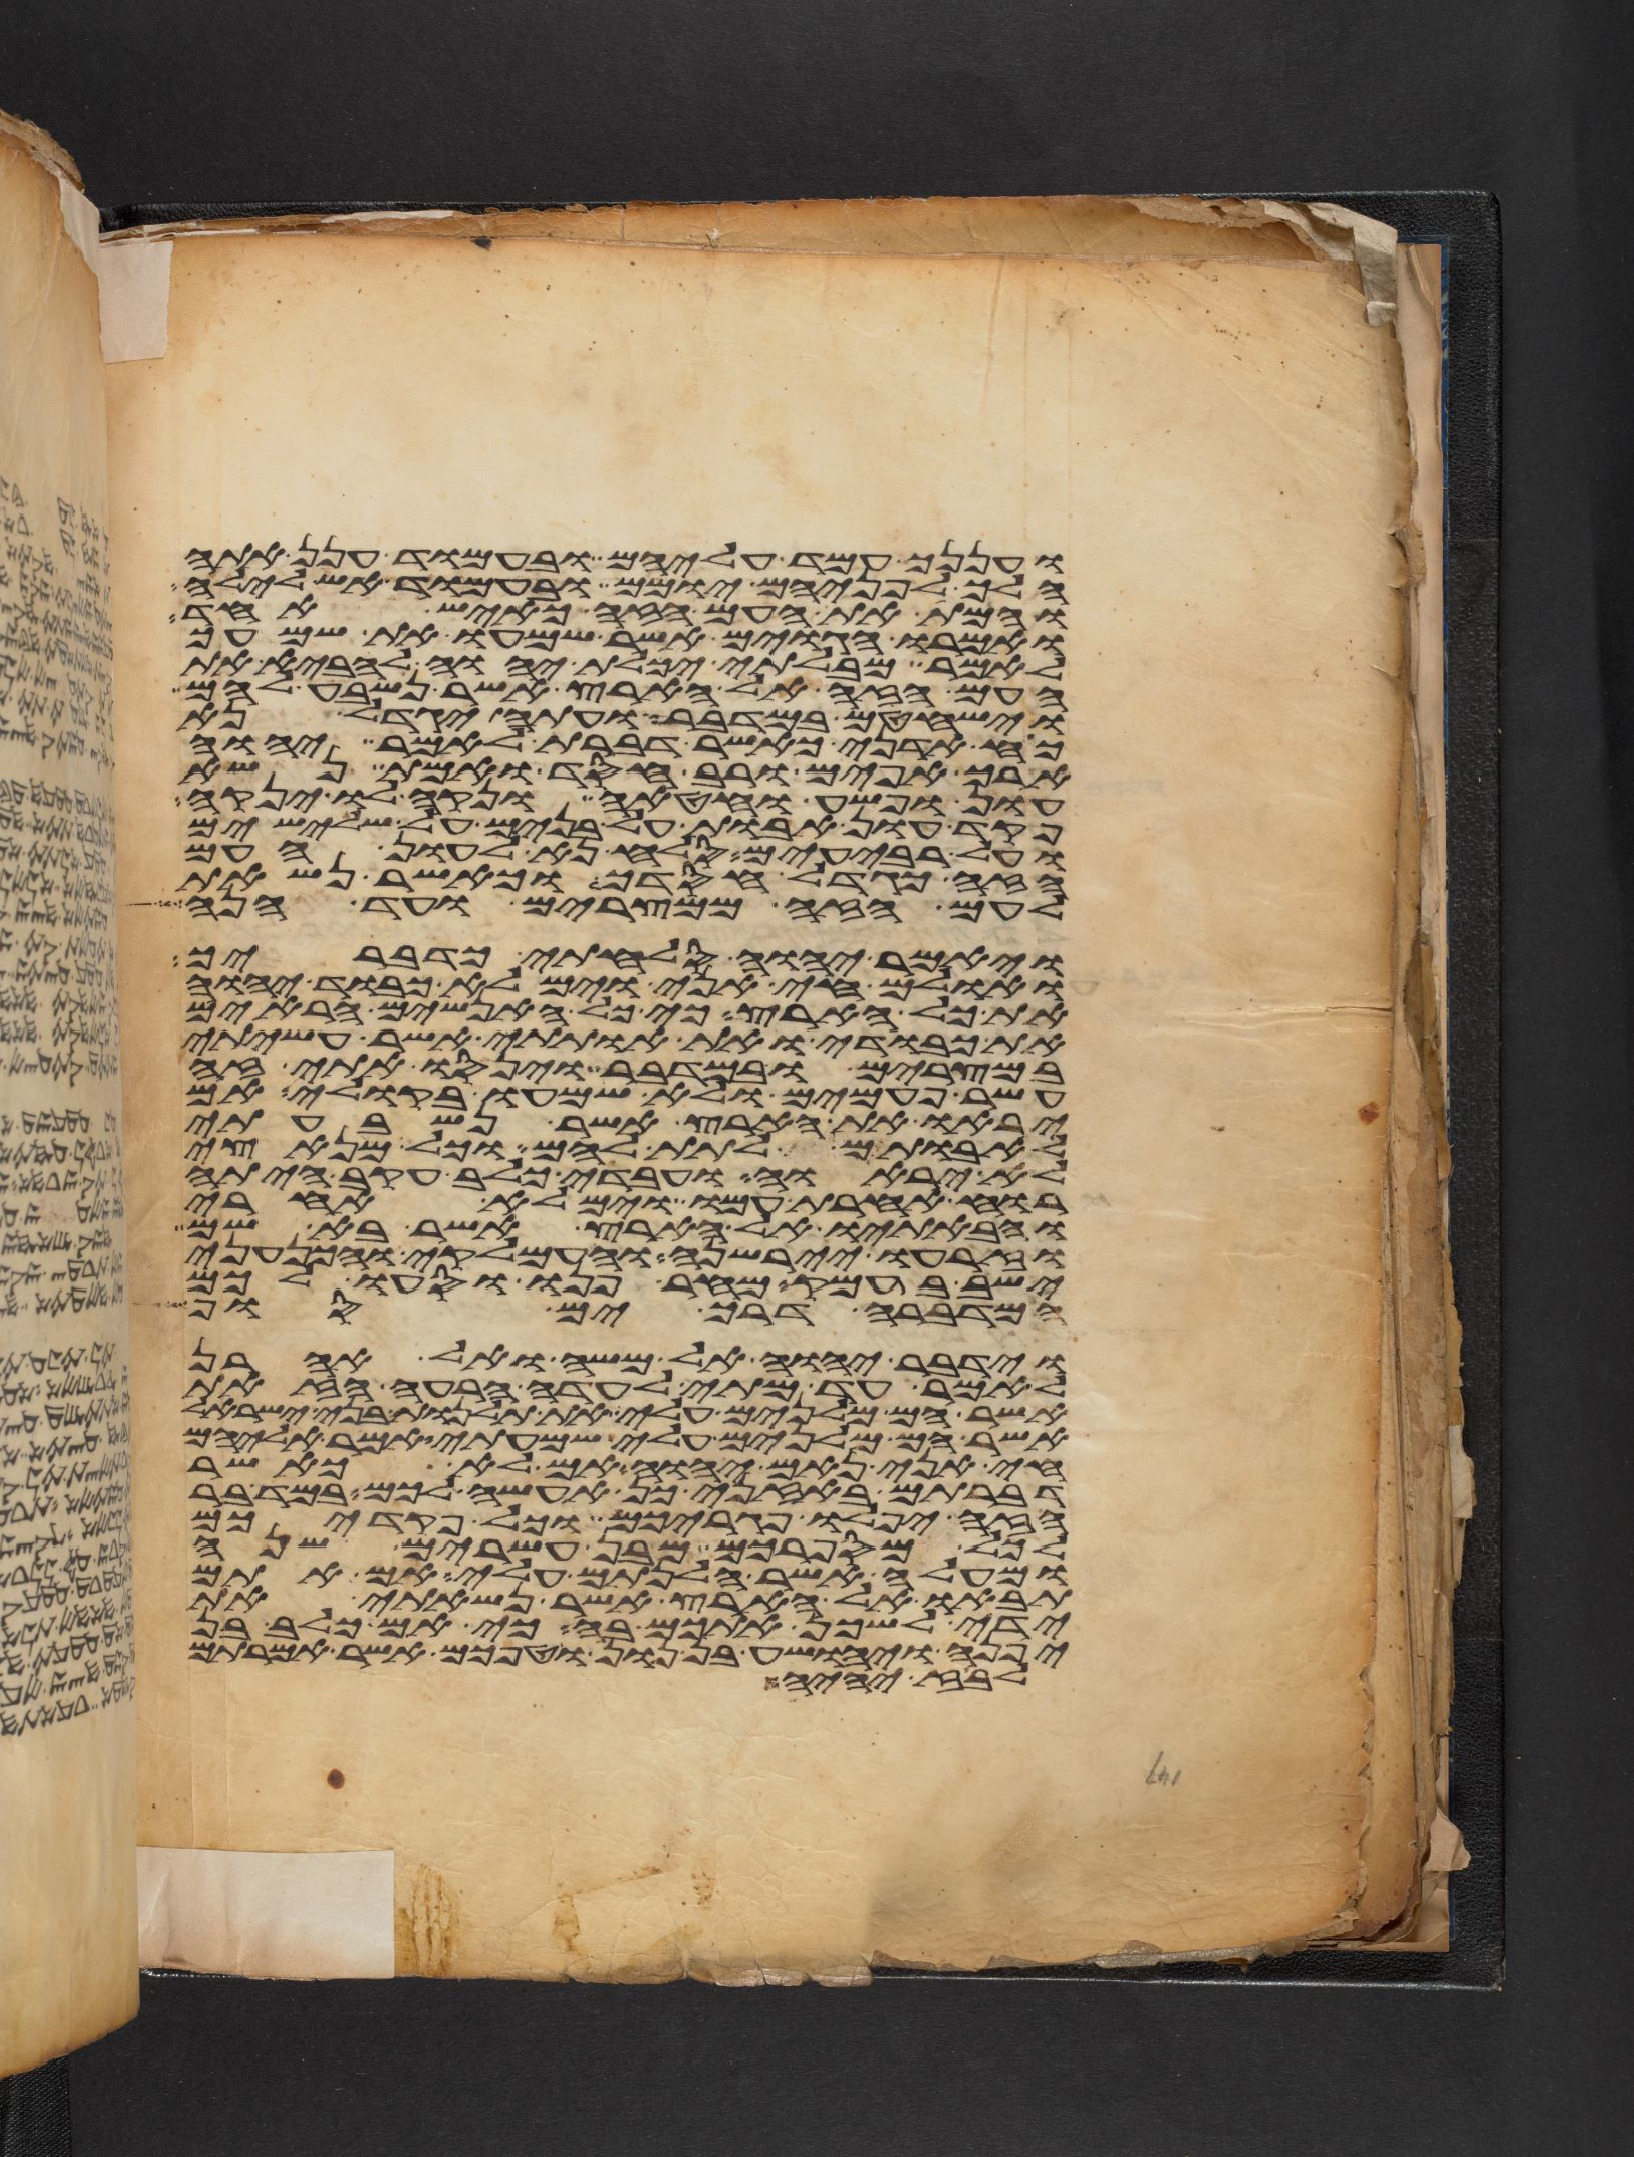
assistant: ועננך עמד עליהם ובעמוד ענן אתה
הלך לפניהם יומם ובעמוד אש לילה
והמת את העם הזה כאיש אחד
ואמרו הגוים אשר שמעו את שמעך
לאמר מבלתי יכלת יהוה להביא את
העם הזה אל הארץ אשר נשבע להם
וישחטם במדבר ועתה יגדל נא
כח אדני כאשר דברת לאמר יהוה
ארך אפים ורב חסד ואמת נשא
עון ופשע וחטאה ונקה לו ינקה
פקד עון אבות על בנים על שלישים
ועל רביעים סלח נא לעון העם
הזה כגדל חסדך וכאשר נשאת
לעם הזה ממצרים ועד הנה
ויאמר יהוה סלחתי כדבריך
ואולם חי אני וימלא כבוד יהוה
את כל הארץ כי כל האנשים הראים
את כבודי ואת אתותי אשר עשיתי
במצרים ובמדבר וינסו אתי זה
עשר פעמים ולא שמעו בקולי אם
יראו את הארץ אשר נשבעתי
לאבותם לתת להם וכל מנאצי
לא יראוה ועבדי כלב עקב היתה
רוח אחרת עמו וימלא אחרי
והבאתיו אל הארץ אשר בא שמה
וזרעו יירשנה והעמלקי והכנעני
ישב בעמק מחר פנו וסעו לכם
המדברה דרך ים סוף
וידבר יהוה אל משה ואל אהרן
לאמר עד מתי לעדה הרעה הזאת
אשר הם מלנים עלי את תלנות בני ישראל
אשר הם מלנים עלי שמעתי אמר אליהם
חי אני נאם יהוה אם לא כאשר
דברתם באזני כן אעשה לכם במדבר
הזה יפלו פגריכם וכל פקדיכם
לכל מספרכם מבן עשרים שנה
ומעלה אשר הלנתם עלי אם אתם
תבאו אל הארץ אשר נשאתי את
ידי לשכן אתכם בה כי אם כלב בן
יפנה ויהושע בן נון וטפכם אשר אמרתם
לבוז יהיה